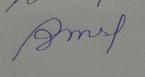
Signature authenticity: forged